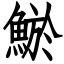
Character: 鯲